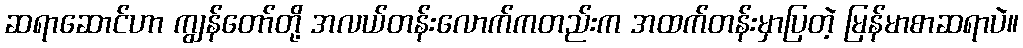
ဆရာဆောင်ဟာ ကျွန်တော်တို့ အလယ်တန်းလောက်ကတည်းက အထက်တန်းမှာပြတဲ့ မြန်မာစာဆရာပဲ။